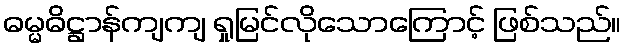
ဓမ္မဓိဋ္ဌာန်ကျကျ ရှုမြင်လိုသောကြောင့် ဖြစ်သည်။